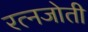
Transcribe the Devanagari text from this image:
रत्नजोती